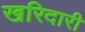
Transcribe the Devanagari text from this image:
खरिदारी